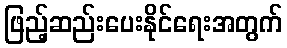
ဖြည့်ဆည်းပေးနိုင်ရေးအတွက်